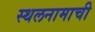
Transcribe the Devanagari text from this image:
स्थलनामाची